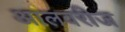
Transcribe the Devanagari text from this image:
आलवरीज